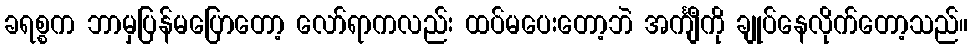
ခရစ္စက ဘာမှပြန်မပြောတော့ လော်ရာကလည်း ထပ်မပေးတော့ဘဲ အင်္ကျီကို ချုပ်နေလိုက်တော့သည်။